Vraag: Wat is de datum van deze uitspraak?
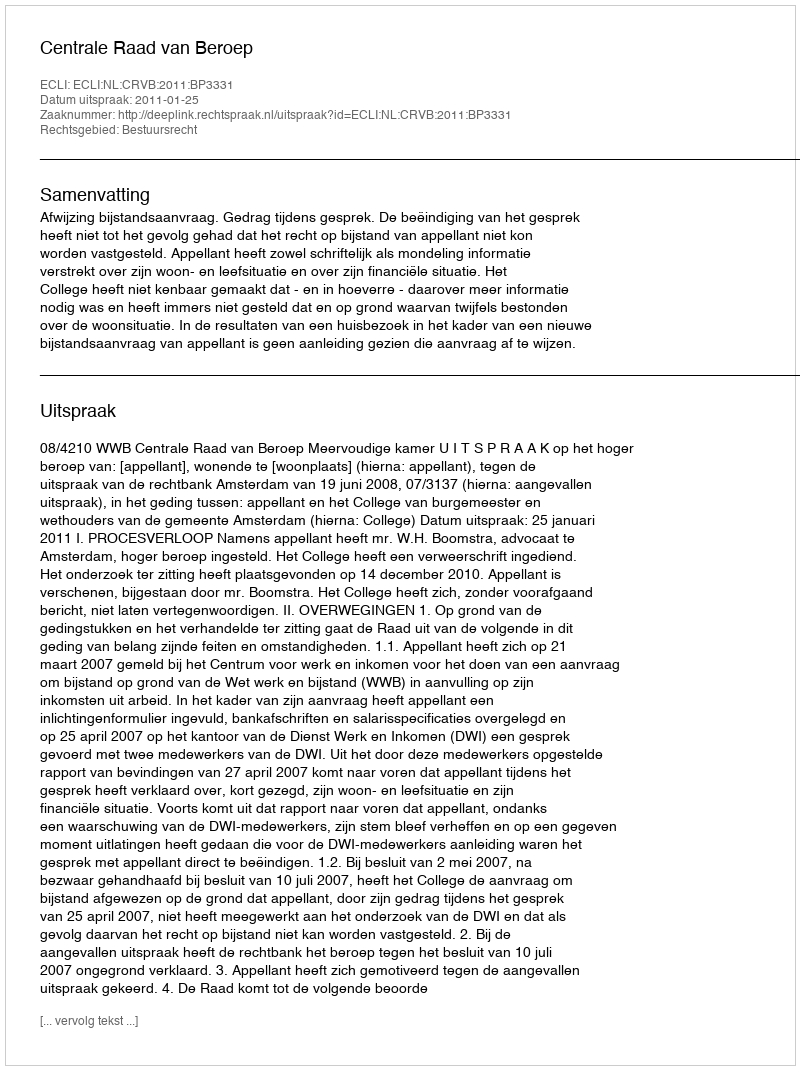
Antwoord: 2011-01-25